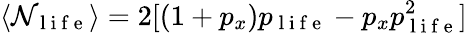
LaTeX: \langle\mathcal{N}_{\mathrm{{~l~i~f~e~}}}\rangle=2[(1+p_{x})p_{\mathrm{{~l~i~f~e~}}}-p_{x}p_{\mathrm{{~l~i~f~e~}}}^{2}]